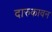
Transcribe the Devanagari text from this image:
दारुकावन